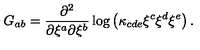
G _ { a b } = \frac { \partial ^ { 2 } } { \partial \xi ^ { a } \partial \xi ^ { b } } \log \left( \kappa _ { c d e } \xi ^ { c } \xi ^ { d } \xi ^ { e } \right) .